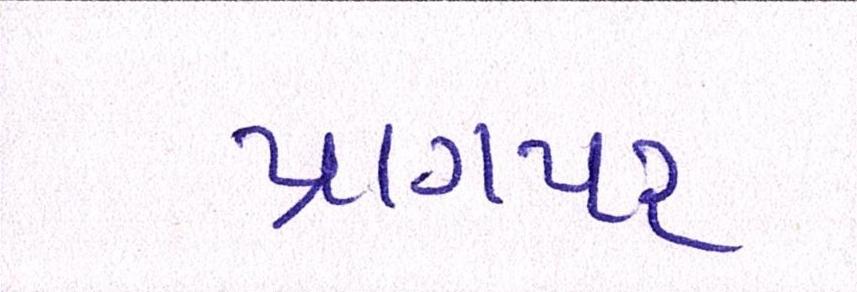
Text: પ્રાગપર